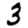
Digit: 3